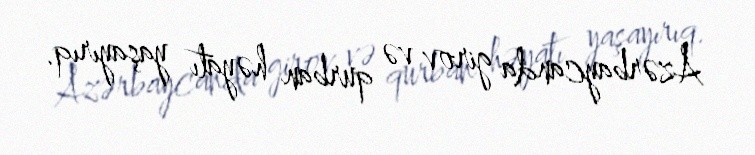
Azərbaycanda girov və qurban həyatı yaşayırıq.